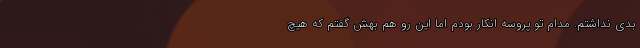
بدی نداشتم. مدام تو پروسه‌ انکار بودم اما این رو هم بهش گفتم که هیچ